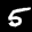
Label: 5